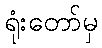
ရုံးတော်မှ